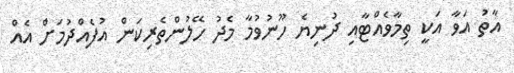
އާތު އަވާ އަކީ ތިމާވެއްޓާއި ދުނިޔެ ހޫނުވުމާ މެދު ހޭލުންތެރިކަން އުފެއްދުމަށް އެއް